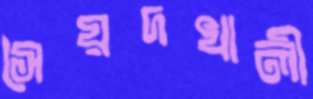
সৈয়দখালী